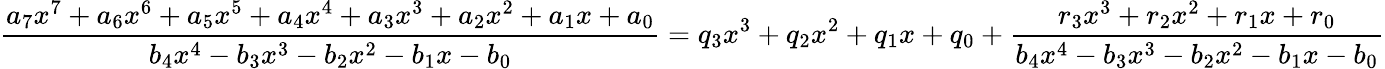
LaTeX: {\frac{a_{7}x^{7}+a_{6}x^{6}+a_{5}x^{5}+a_{4}x^{4}+a_{3}x^{3}+a_{2}x^{2}+a_{1}x+a_{0}}{b_{4}x^{4}-b_{3}x^{3}-b_{2}x^{2}-b_{1}x-b_{0}}}=q_{3}x^{3}+q_{2}x^{2}+q_{1}x+q_{0}+{\frac{r_{3}x^{3}+r_{2}x^{2}+r_{1}x+r_{0}}{b_{4}x^{4}-b_{3}x^{3}-b_{2}x^{2}-b_{1}x-b_{0}}}